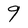
Character: 9